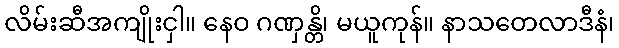
လိမ်းဆီအကျိုးငှါ။ နေဝ ဂဏှန္တိ၊ မယူကုန်။ နာသတေလာဒီနံ၊